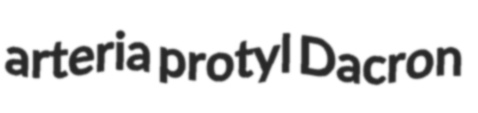
arteria protyl Dacron